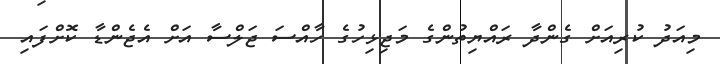
މިއަދު ކުރިއަށް ގެންދާ ރައްޔިތުންގެ މަޖިޅިހުގެ ހާއްސަ ޖަލްސާ އަށް އެޖެންޑާ ކޮށްފައި